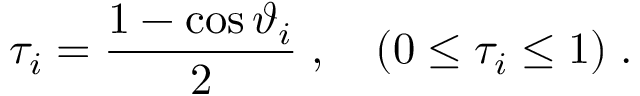
\tau _ { i } = \frac { 1 - \cos \vartheta _ { i } } { 2 } \; , \quad ( 0 \leq \tau _ { i } \leq 1 ) \; .